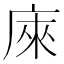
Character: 庲